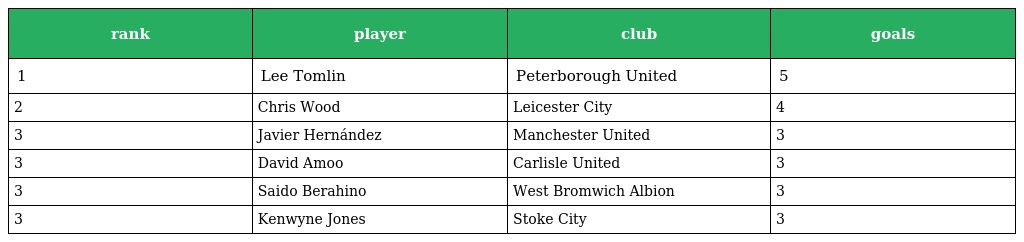
| rank | player | club | goals |
 | --- | --- | --- | --- |
 | 1 | Lee Tomlin | Peterborough United | 5 |
 | 2 | Chris Wood | Leicester City | 4 |
 | 3 | Javier Hernández | Manchester United | 3 |
 | 3 | David Amoo | Carlisle United | 3 |
 | 3 | Saido Berahino | West Bromwich Albion | 3 |
 | 3 | Kenwyne Jones | Stoke City | 3 |